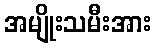
အမျိုးသမီးအား